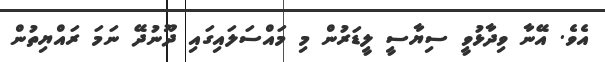
އެވެ. އޭނާ ވިދާޅުވީ ސިޔާސީ ލީޑަރުން މި މައްސަލައިގައި ދޫނުދޭ ނަމަ ރައްޔިތުން